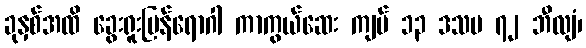
ခုနှစ်အထိ ခွေးရူးပြန်ရောဂါ ကာကွယ်ဆေး ကျပ် ၁၃ ဒသမ ၇၂ ဘီလျံ၊